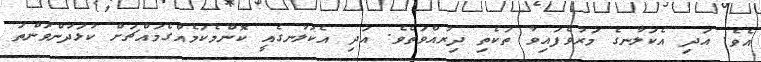
އެވެ. އަދި އެކަލާނގެ މަރުވެފައިވާ ތަކެތި ދިރުއްވަތެވެ. އަދި އެކަލާނގެއީ ކޮންމެކަމެއްގެމައްޗަށް ކުޅަދުންވަންތަ